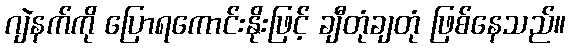
ဂျဲနက်ကို ပြောရကောင်းနိုးဖြင့် ချီတုံချတုံ ဖြစ်နေသည်။